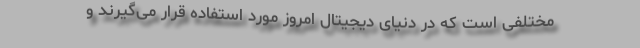
مختلفی است که در دنیای دیجیتال امروز مورد استفاده قرار می‌گیرند و